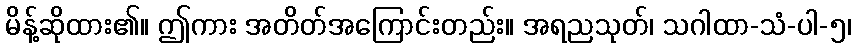
မိန့်ဆိုထား၏။ ဤကား အတိတ်အကြောင်းတည်း။ အရညသုတ်၊ သဂါထာ-သံ-ပါ-၅၊